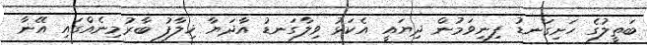
ބަތީލުގެ ހަށިގަނޑު ފިނިވަމުން ދިޔައީ އެކަޅު ވިލާގަނޑު އާދަޔާ ޚިލާފު ބާރުމިނެއްގައި އޭނާ